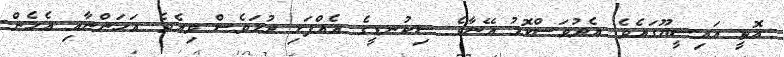
އޮތީ އައިސީޔޫގައެވެ. އެދުވަސްކޮޅު އޭނާގެ ސިކުނޑީގެ އެއްފަޅި ދުޅަވެސް ވިއެވެ. އަހަންނާއި އެހެން